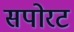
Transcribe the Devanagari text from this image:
सपोरट